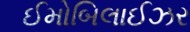
ઈમોબિલાઈઝર